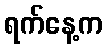
ရက်နေ့က